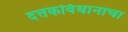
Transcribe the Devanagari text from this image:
दत्तकविधानाचा